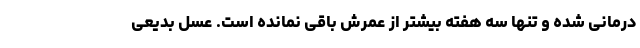
درمانی شده و تنها سه هفته بیشتر از عمرش باقی نمانده است. عسل بدیعی